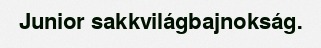
Junior sakkvilágbajnokság.